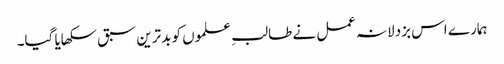
ہمارے اس بزدلانہ عمل نے طالبِ علموں کو بدترین سبق سکھایا گیا۔